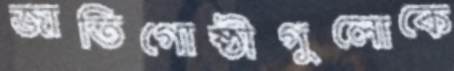
জাতিগোষ্ঠীগুলোকে